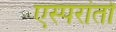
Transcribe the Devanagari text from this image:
एस्परांतो